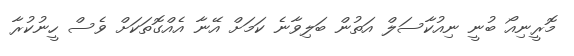
މޮރީނިއޯ ބުނީ ނިއުކާސަލް އަތުން ބަލިވާނެ ކަމަށް އޭނާ އެއްގޮތަކަށް ވެސް ހީނުކުރާ